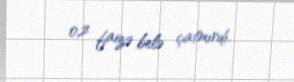
0,2 faizə belə çatmırdı.